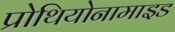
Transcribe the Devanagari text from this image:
प्रोथियोनामाइड